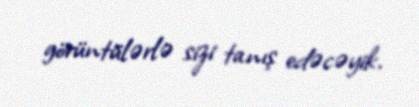
görüntülərlə sizi tanış edəcəyik.